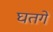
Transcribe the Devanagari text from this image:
घतगे